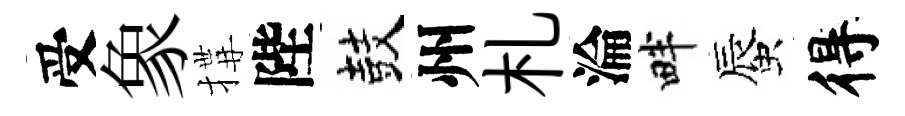
受象搆陛鼓州札淪畔蜃得